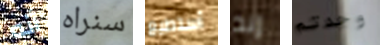
أنه سنراه أستطيع إنه وجدتم